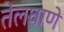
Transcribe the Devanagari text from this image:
तेलघाणे